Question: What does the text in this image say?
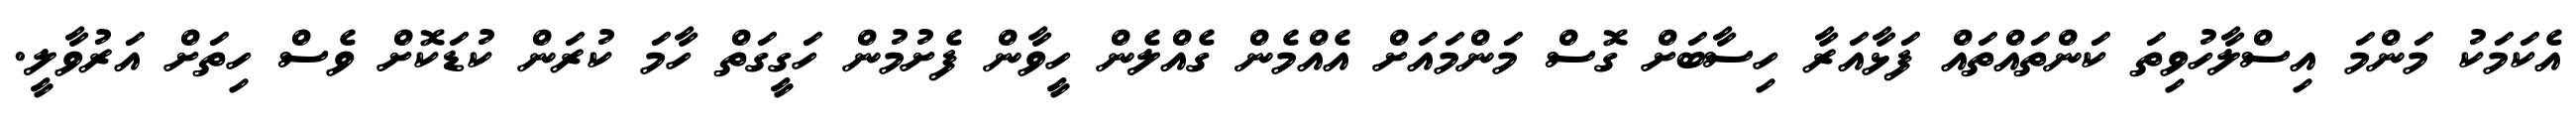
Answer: އެކަމަކު މަންމަ އިސްލާހުވިތަ ކަންތައްތައް ފަޅާއަރާ ހިސާބަށް ގޮސް މަންމައަށް އެއްމެން ގެއްލެން ހީވާން ފެށުމުން ހަގީގަތް ހާމަ ކުރަން ކުޑަކޮށް ވެސް ހިތަށް އަރުވާލީ.